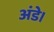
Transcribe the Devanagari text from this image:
अंडे।